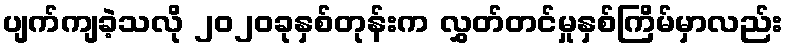
ပျက်ကျခဲ့သလို ၂၀၂၀ခုနှစ်တုန်းက လွှတ်တင်မှုနှစ်ကြိမ်မှာလည်း